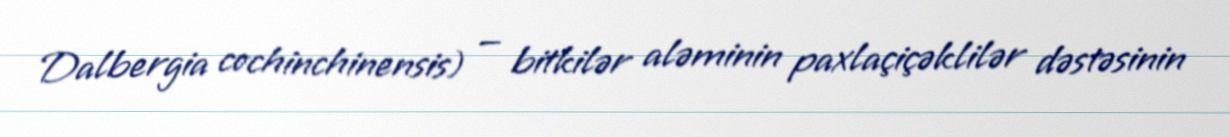
Dalbergia cochinchinensis) — bitkilər aləminin paxlaçiçəklilər dəstəsinin